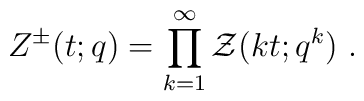
Z^\pm(t;q) = \prod_{k=1}^\infty {\cal Z}(kt;q^k)~.